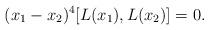
LaTeX: \begin{align*} (x_1-x_2)^4[L(x_1),L(x_2)]=0.\end{align*}